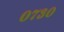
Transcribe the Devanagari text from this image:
०७३०